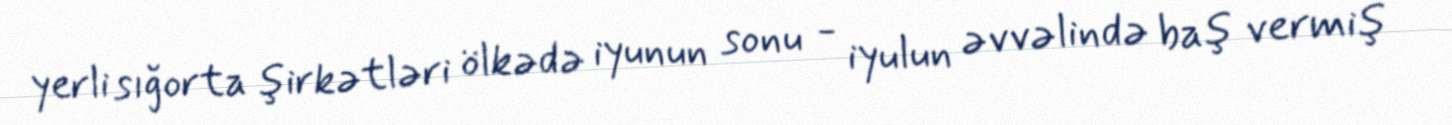
yerli sığorta şirkətləri ölkədə iyunun sonu - iyulun əvvəlində baş vermiş